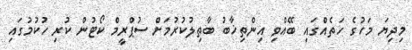
މިދިޔަ މަހުގެ ހަތެއްގައި ބޭއްވި އިންތިޚާބު ބާތިލުކުރުމަށް ސުޕްރީމް ކޯޓުން ކުރި ހުކުމުގައި